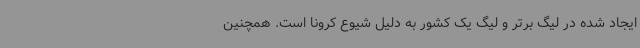
ایجاد شده در لیگ برتر و لیگ یک کشور به دلیل شیوع کرونا است‌. همچنین